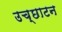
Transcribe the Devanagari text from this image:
उच्छाटन